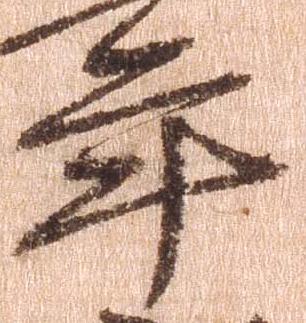
年